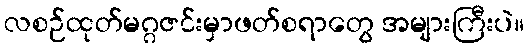
လစဉ်ထုတ်မဂ္ဂဇင်းမှာဖတ်စရာတွေ အများကြီးပဲ။